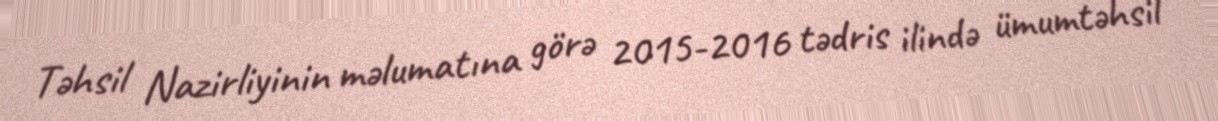
Təhsil Nazirliyinin məlumatına görə 2015-2016 tədris ilində ümumtəhsil